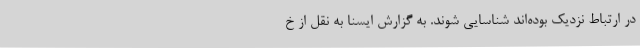
در ارتباط نزدیک بوده‌اند شناسایی شوند. به گزارش ایسنا به نقل از خ